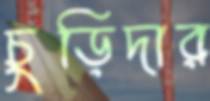
চুড়িদার